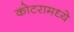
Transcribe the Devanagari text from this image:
कोटरामध्ये